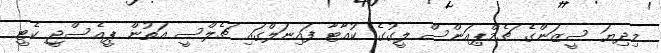
މިދިޔަ ސީޒަންގެ ޗެމްޕިއަންސް ލީގުގެ ކުއާޓާ ފައިނަލްގައި ޗެލްސީ އަތުން ޕީއެސްޖީ ކެޓީ